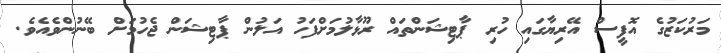
މަރުކަޒުގެ އޮފީސް އޭރިޔާގައި ހުރި ޕާޓިޝަންތައް ރޫޅާލުމަށްފަހު އަލުން ޕާޓިޝަން ޖެހުމަށް ބޭނުންވެއެވެ.